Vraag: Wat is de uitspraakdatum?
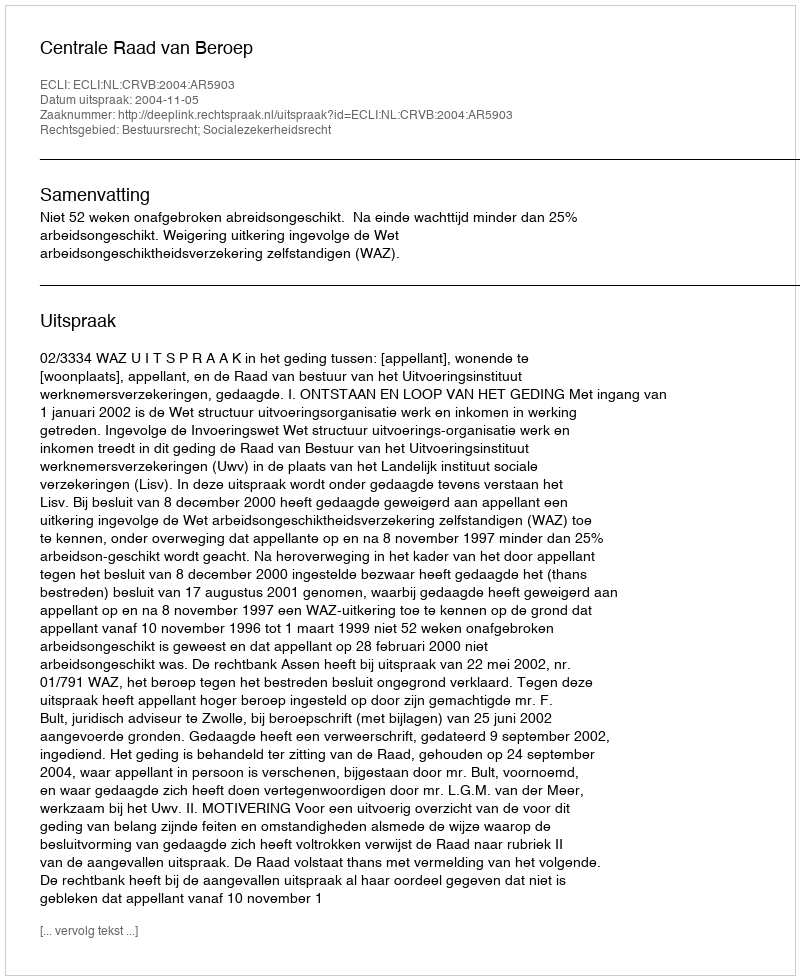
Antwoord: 2004-11-05